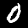
Digit: 0